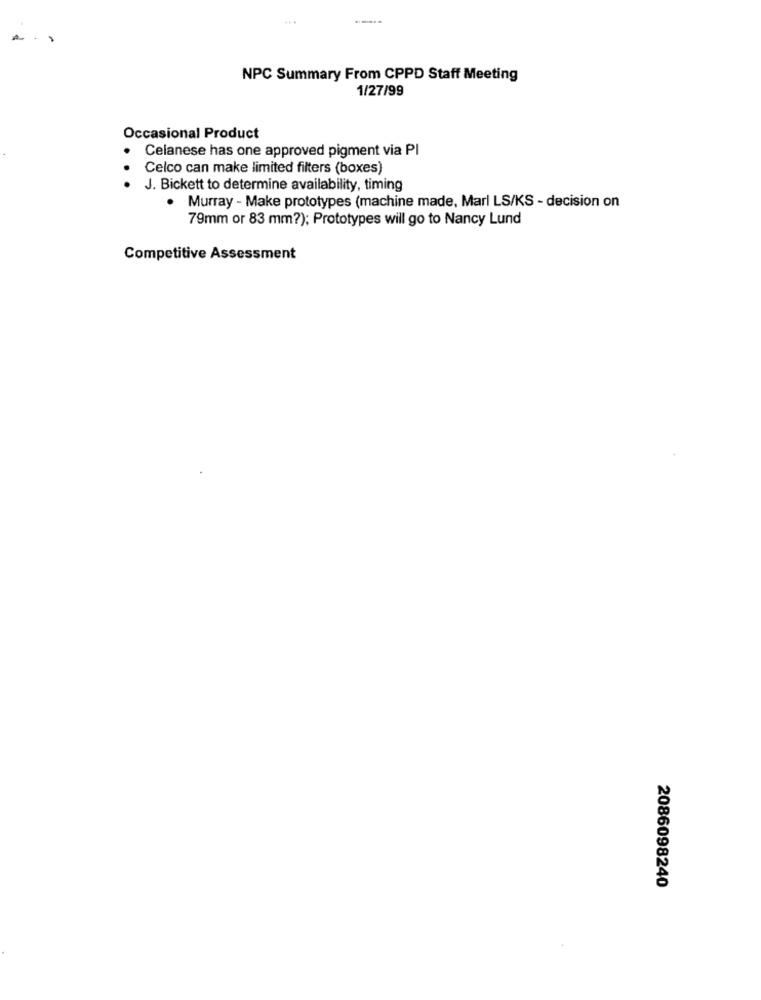
...
NPC Summary From CPPD Staff Meeting
1/27/99
Occasional Product
Celanese has one approved pigment via PI
Celco can make limited filters (boxes)
J. Bickett to determine availability, timing
. Murray - Make prototypes (machine made, Marl LS/KS - decision on
79mm or 83 mm?); Prototypes will go to Nancy Lund
Competitive Assessment
2086098240